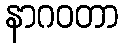
နာဂဝတာ